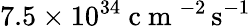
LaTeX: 7.5\times 10^{34}\mathrm{~c~m~}^{-2}\, \mathrm{s}^{-1}